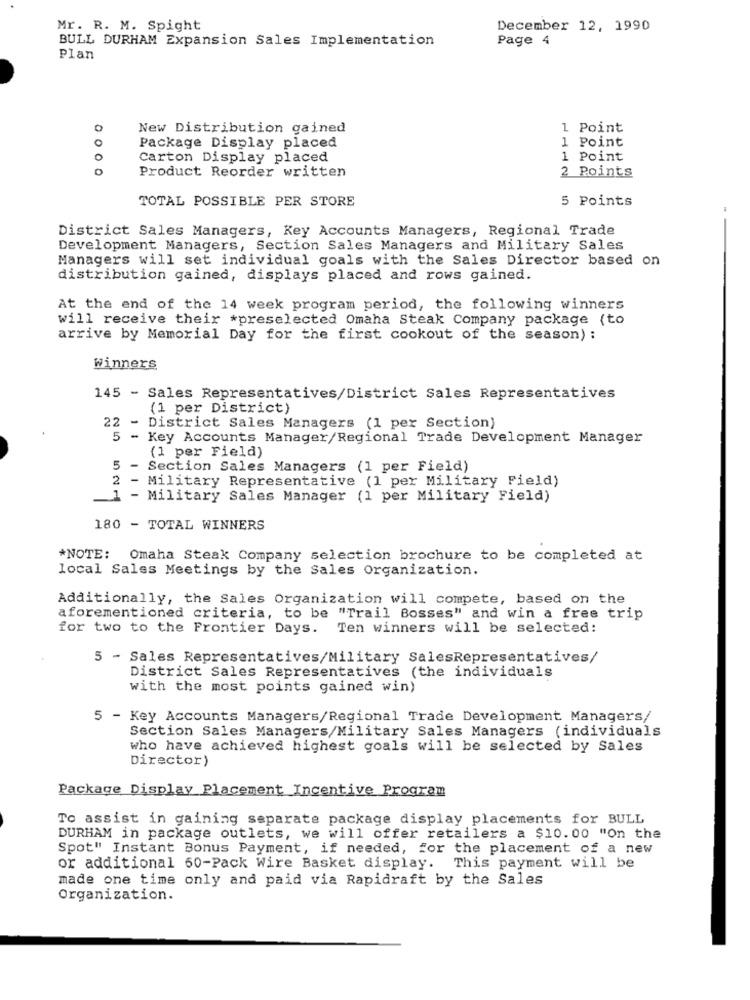
Mr. R. M. Spight
December 12, 1990
BULL DURHAM Expansion Sales Implementation
Page 4
Plan
New Distribution gained
1 Point
0
1 Point
Package Display placed
Carton Display placed
1 Point
o
Product Reorder written
2 Points
TOTAL POSSIBLE PER STORE
5 Points
-
District Sales Managers, Key Accounts Managers, Regional Trade
Development Managers, Section Sales Managers and Military Sales
Managers will set individual goals with the Sales Director based on
distribution gained, displays placed and rows gained.
At the end of the 14 week program period, the following winners
will receive their *preselected Omaha Steak Company package (to
arrive by Memorial Day for the first cookout of the season) :
winners
145 - Sales Representatives/District Sales Representatives
(1 per District)
22
-
District Sales Managers (1 per Section)
5 - Key Accounts Manager/Regional Trade Development Manager
(1 per Field)
5 - Section Sales Managers (1 per Field)
2 - Military Representative (1 per Military Field)
1 - Military Sales Manager (1 per Military Field)
180 - TOTAL WINNERS
*NOTE: Omaha Steak Company selection brochure to be completed at
local Sales Meetings by the Sales Organization.
Additionally, the Sales Organization will compete, based on the
aforementioned criteria, to be "Trail Bosses" and win a free trip
for two to the Frontier Days.
Ten winners will be selected:
5 - Sales Representatives/Military SalesRepresentatives/
District Sales Representatives (the individuals
with the most points gained win)
5 - Key Accounts Managers/Regional Trade Development Managers/
Section Sales Managers/Military Sales Managers (individuals
who have achieved highest goals will be selected by Sales
Director)
Package Display Placement Incentive Program
To assist in gaining separate package display placements for BULL
DURHAM in package outlets, we will offer retailers a $10.00 "On the
Spot" Instant Bonus Payment, if needed, for the placement of a new
or additional 60-Pack Wire Basket display. This payment will be
made one time only and paid via Rapidraft by the Sales
Organization.